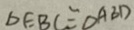
\Delta E B C \cong \Delta A B D